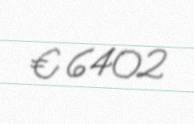
€ 6402